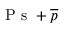
{ \mathrm { ~ P ~ s ~ } + \overline { { p } } }